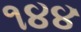
૧૪૪